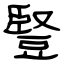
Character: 豎